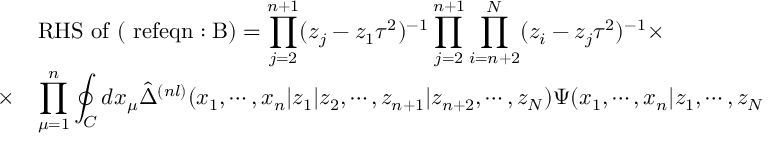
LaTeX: \begin{array} { r l } { { } } & { { \mathrm { R H S ~ o f ~ ( \ r e f { e q n : B } ) } = \displaystyle \prod _ { j = 2 } ^ { n + 1 } ( z _ { j } - z _ { 1 } \tau ^ { 2 } ) ^ { - 1 } \displaystyle \prod _ { j = 2 } ^ { n + 1 } \displaystyle \prod _ { i = n + 2 } ^ { N } ( z _ { i } - z _ { j } \tau ^ { 2 } ) ^ { - 1 } \times } } \\ { { \times } } & { { \displaystyle \prod _ { \mu = 1 } ^ { n } \displaystyle \oint _ { C } d x _ { \mu } \hat { \Delta } ^ { ( n l ) } ( x _ { 1 } , \cdots , x _ { n } | z _ { 1 } | z _ { 2 } , \cdots , z _ { n + 1 } | z _ { n + 2 } , \cdots , z _ { N } ) \Psi ( x _ { 1 } , \cdots , x _ { n } | z _ { 1 } , \cdots , z _ { N } ) , } } \end{array}